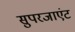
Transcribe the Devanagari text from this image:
सुपरजाएंट